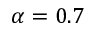
\alpha = 0 . 7